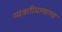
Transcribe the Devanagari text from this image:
व्यक्तीप्रामाण्य